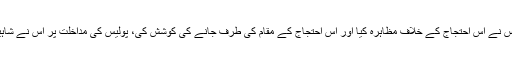
تین دن پہلے کپل مشرا جو بے جے پی کا رہنماء ہے، اس نے اس احتجاج کے خلاف مظاہرہ کیا اور اس احتجاج کے مقام کی طرف جانے کی کوشش کی، پولیس کی مداخلت پر اس نے شاہین باغ میں بیٹھے مسلمانوں کو تین دنوں کا وقت دیا تھا۔